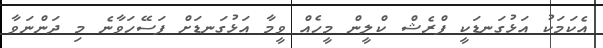
އެކަމަކު އަޅުގަނޑަކީ ފްރެޝް ކްލީން މީހެއް ވީމާ އަޅުގަނޑަށް ފަސޭހަވާނެ މި ދަންނަވާ